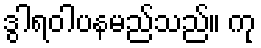
ဒွါရဝါပနမည်သည်။ ကု